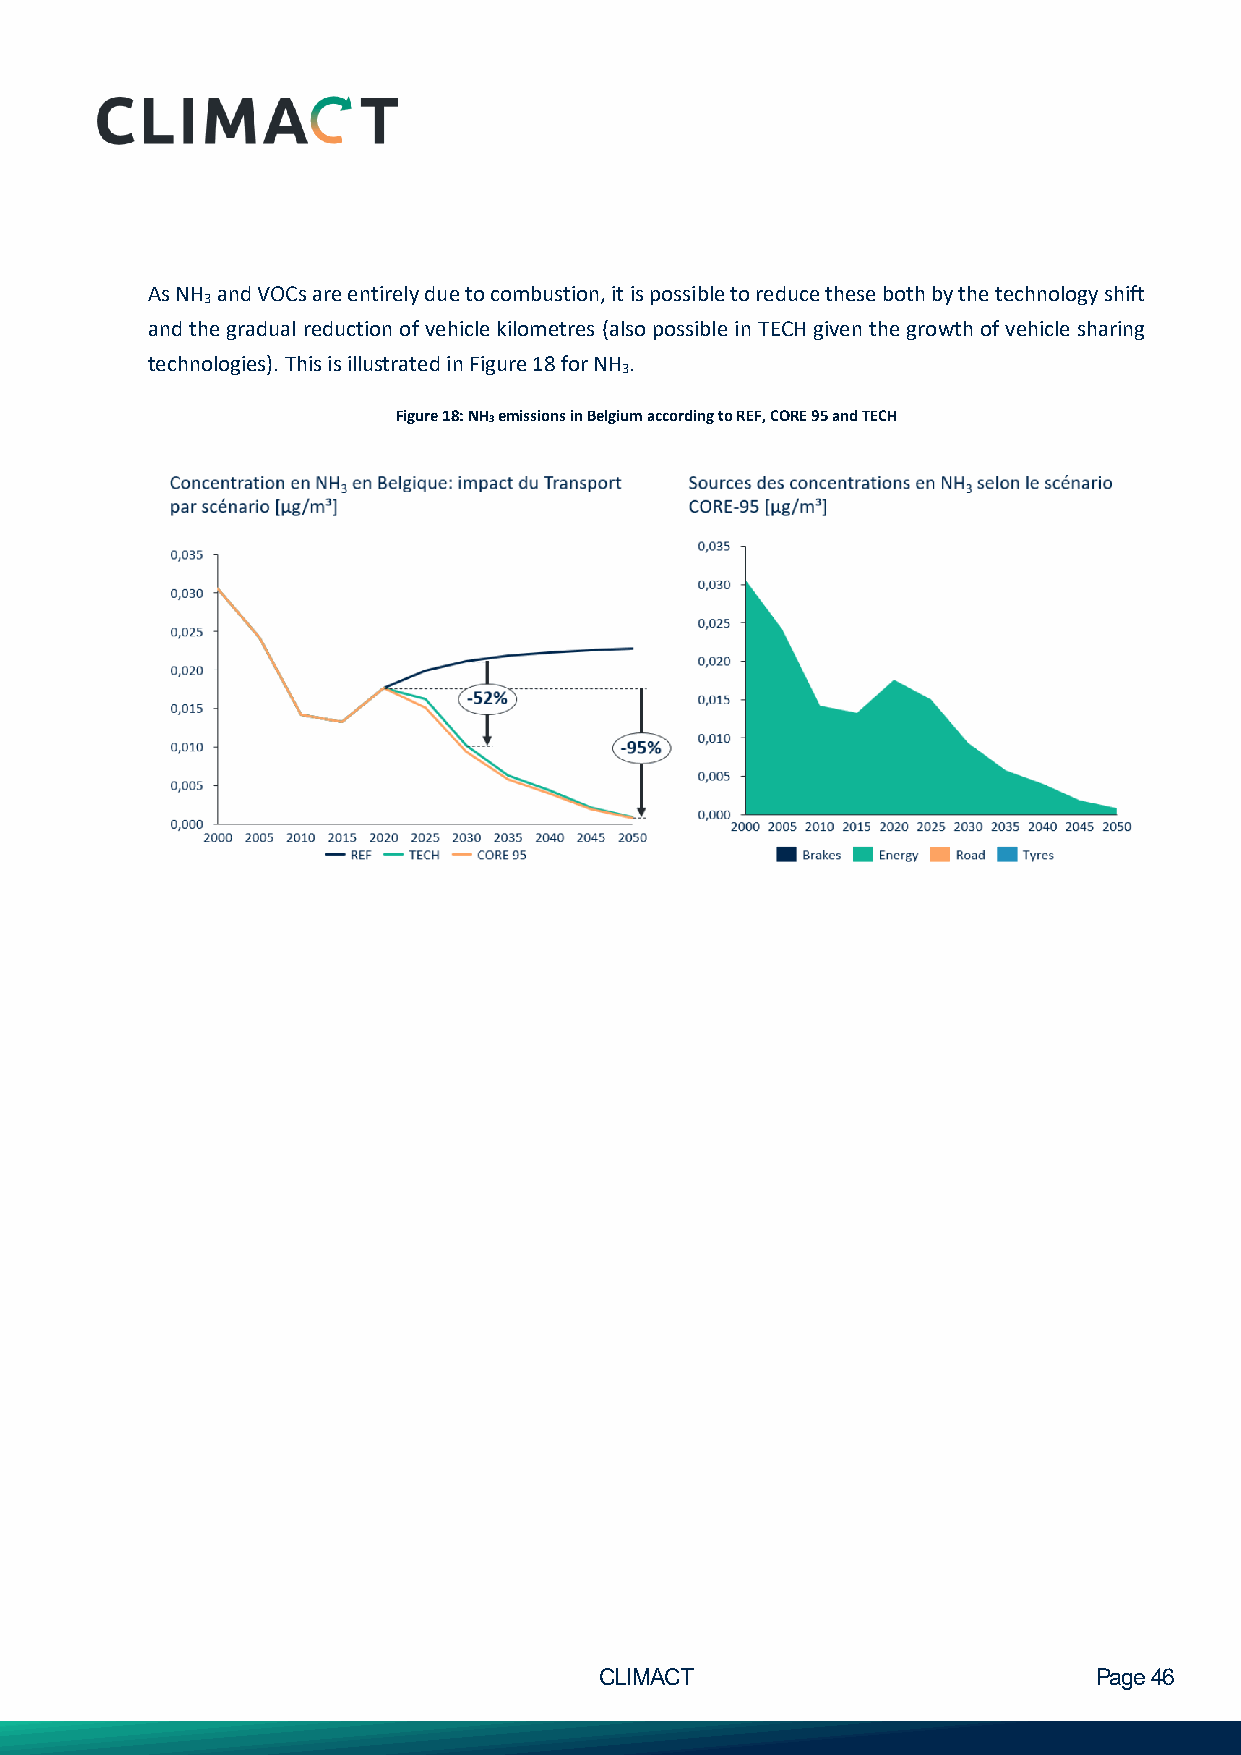
As NH and VOCs are entirely due to combustion, it is possible to reduce these both by the technology shift
 3
 and the gradual reduction of vehicle kilometres (also possible in TECH given the growth of vehicle sharing
 technologies). This is illustrated in Figure 18 for NH .
 3
 Figure 18: NH3 emissions in Belgium according to REF, CORE 95 and TECH
 CLIMACT                         Page 46